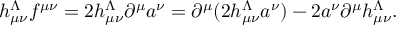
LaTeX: h _ { \mu \nu } ^ { \Lambda } f { } ^ { \mu \nu } = 2 h _ { \mu \nu } ^ { \Lambda } \partial ^ { \mu } a ^ { \nu } = \partial ^ { \mu } ( 2 h _ { \mu \nu } ^ { \Lambda } a ^ { \nu } ) - 2 a ^ { \nu } \partial ^ { \mu } h _ { \mu \nu } ^ { \Lambda } .